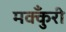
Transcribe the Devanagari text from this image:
मक्कुँरी